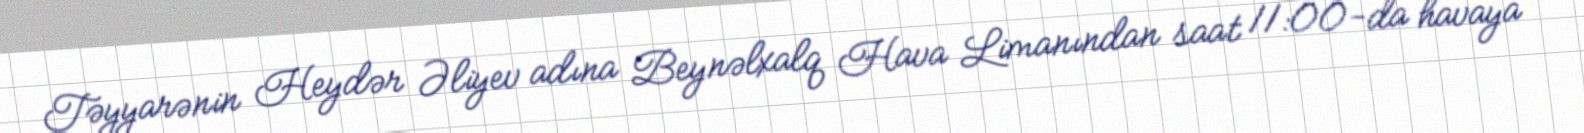
Təyyarənin Heydər Əliyev adına Beynəlxalq Hava Limanından saat 11:00-da havaya